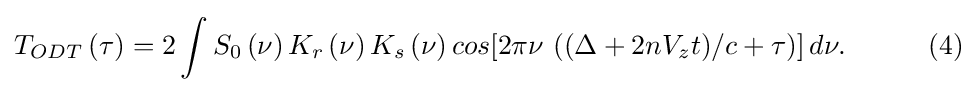
T_{ODT}\left(\tau \right)=2\int S_{0}\left(\nu \right)K_{r}\left(\nu \right)K_{s}\left(\nu \right)cos[2\pi \nu \ ((\Delta +2nV_{z}t)/c+\tau )]\,d\nu .\qquad \quad (4)